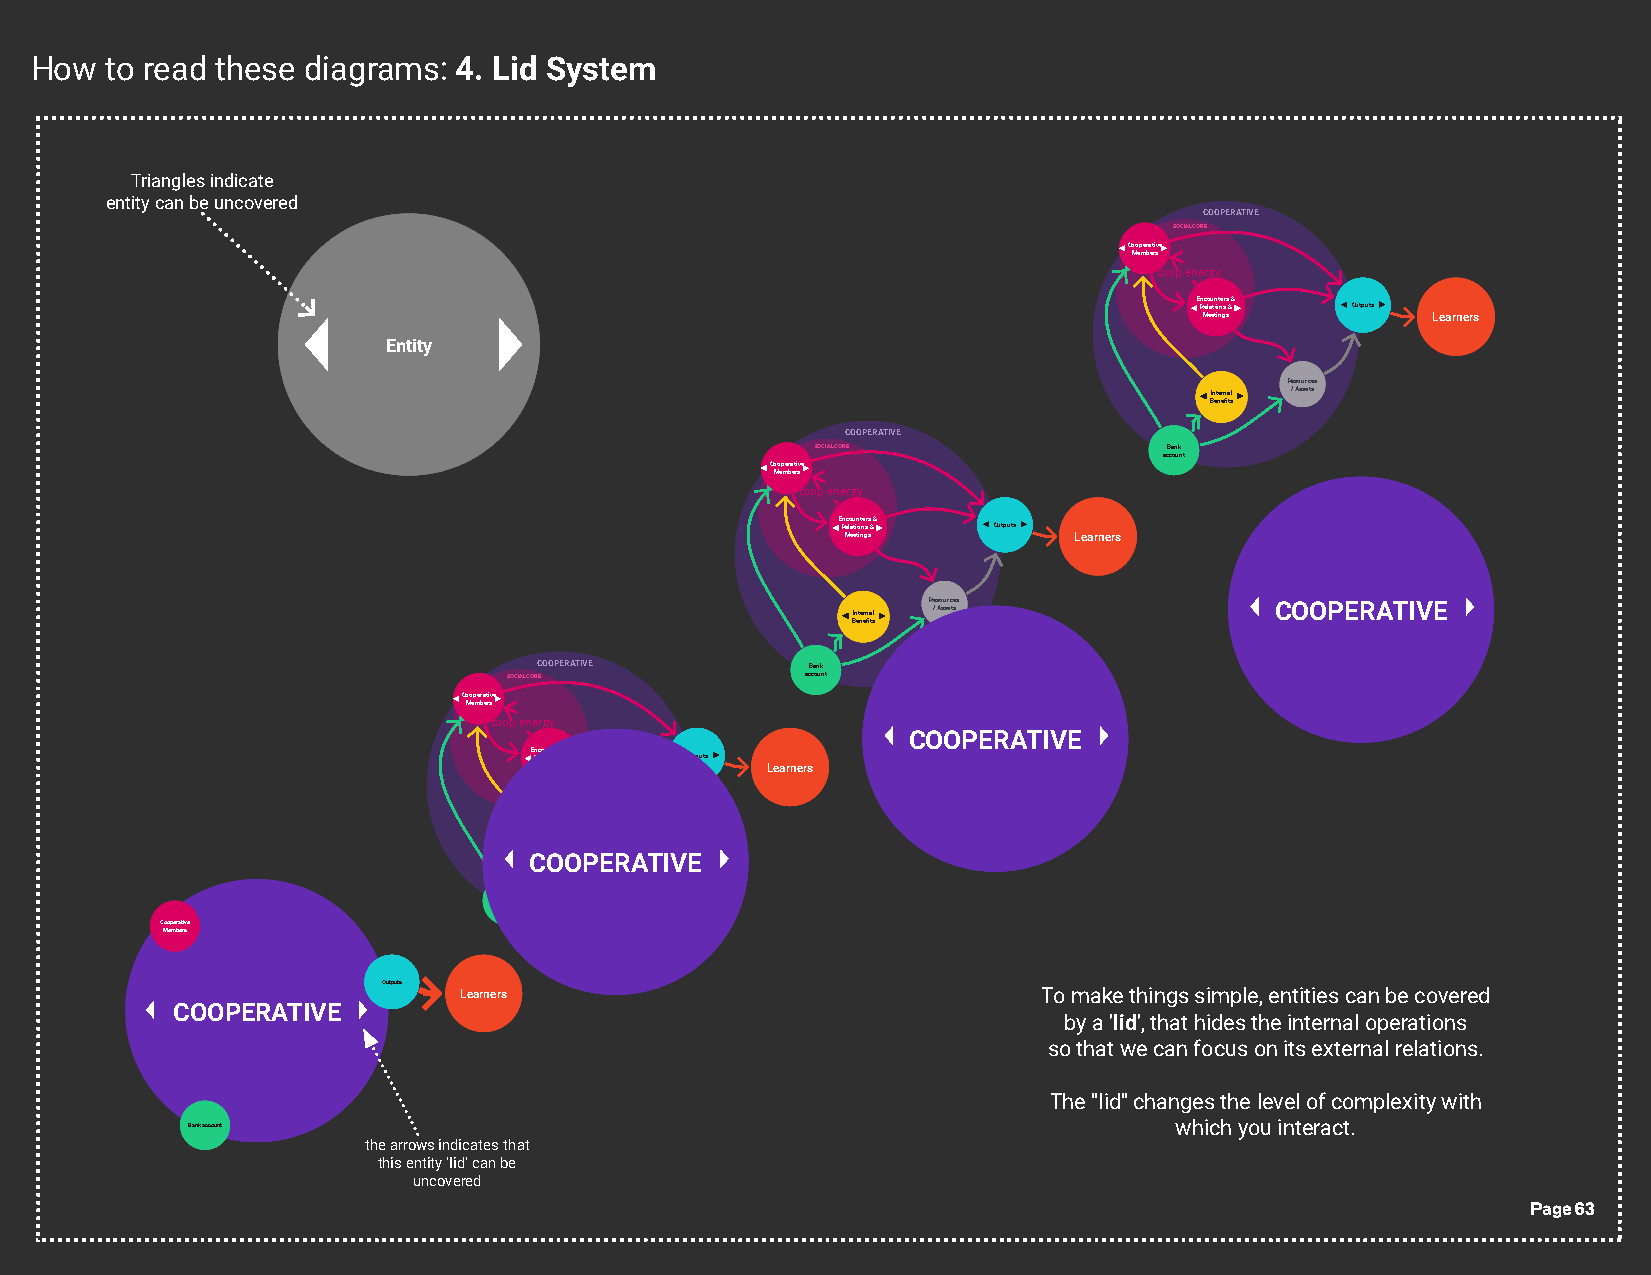
How  to read these diagrams: 4. Lid System
 Triangles indicate
 entity can be uncovered
 COOPERATIVE
 SOCIAL CORE
 C MoCoooepp mmeembrabeetrrsi sve
 coop energy
 Outputs
 E RnE ecn lRoc aeo ul tua innt oitote nnerss sr & s
 &
 &       POrbojdeucOctsts, utputSeLsravbicoers,
 Meetings  TrCaliansinsgess & Learners
 Entity
 Internal Benefits Resources
 EdTbureacniaenBtfiiIinotgsnn/ et ne ern fiNCaoeBtmtewnm soelrufiknt ssi t&y / Assets
 PersoBnaeln &efi Mtsaterial
 COOPERATIVE
 SOCIAL CORE            Bank
 account
 C MoCoooepp mmeembrabeetrrsi sve
 coop energy
 Outputs
 E RnE ecn lRoc aeo ul tua innt oitote nnerss sr & s
 &
 &      POrbojdeucOctsts, utputSeLsravbicoers,
 Meetings  TrCaliansinsgess & Learners
 EdTbureacniaenBtfiiIinotgsnn/In ete tr nn eal eB ren
 n
 fiefi NCt as
 oeBtmtewnm soelrufiknt ssi t&y
 R /e Aso su sr ec te ss COOPERATIVE
 PersoBnaeln &efi Mtsaterial
 COOPERATIVE       Bank
 SOCIAL CORE        account
 C MoCoooepp mmeembrabeetrrsi sve
 coop energy
 Outputs       COOPERATIVE
 E RnE ecn lRoc aeo ul tua innt oitote nnerss sr & s
 &
 &       POrbojdeucOctsts, utputSeLsravbicoers,
 Meetings  TrCaliansinsgess & Learners
 Internal Benefits Resources
 CEdTbureacniaenBtfiiIinotgsn On/ et Pn ee rsoBe nr aeln &en fi fi MtsaNC teaoeBt rmt ie awn lm sO oelrufiknt ssi t&y PER/ A Assets TIVE
 COOPERATIVE
 Bank
 account
 C MoCoo eoppm meebrma ebterirsvse
 Outputs
 POrbojdeucctOsts, utputS seLravbicoers,
 TrCaliansinsgess & Learners                To make things simple, entities can be covered
 COOPERATIVE
 by a 'lid', that hides the internal operations
 so that we can focus on its external relations.
 The "lid" changes the level of complexity with
 Bank account                                                      which you interact.
 the arrows indicates that
 this entity 'lid' can be
 uncovered
 Page 63